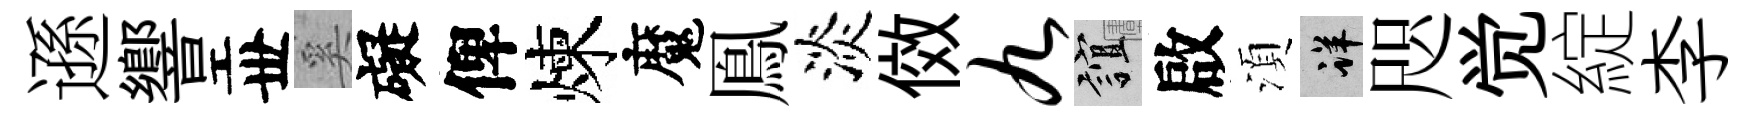
遜響丗奚礙俾煉魔鳯淡傚九誼啟湏详咫觉綻李